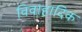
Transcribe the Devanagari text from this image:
विवाहादिक